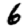
Digit: 6